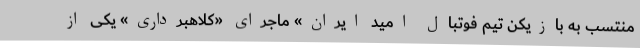
منتسب به بازیکن تیم فوتبال امید ایران» ماجرای «کلاهبرداری» یکی از